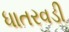
ધાતરવડી